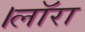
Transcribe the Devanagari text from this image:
।लाॅरा